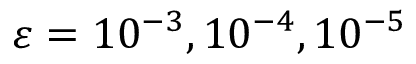
\varepsilon = 1 0 ^ { - 3 } , 1 0 ^ { - 4 } , 1 0 ^ { - 5 }